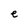
Character: e